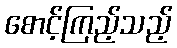
စောင့်ကြည့်သည့်